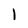
Character: 1